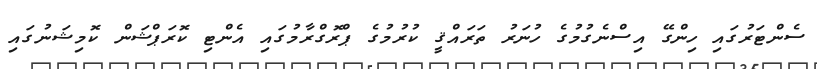
ސެންޓަރުގައި ހިންގޭ އިސްނެގުމުގެ ހުނަރު ތަރައްޤީ ކުރުމުގެ ޕްރޮގްރާމުގައި އެންޓި ކޮރަޕްޝަން ކޮމިޝަނުގައި